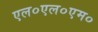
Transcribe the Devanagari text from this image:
एल०एल०एम०